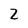
Character: 2